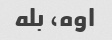
اوه، بله